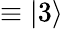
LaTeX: \equiv|3\rangle